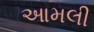
આમલી